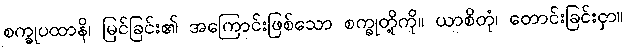
စက္ခုပထာနိ၊ မြင်ခြင်း၏ အကြောင်းဖြစ်သော စက္ခုတို့ကို။ ယာစိတုံ၊ တောင်းခြင်းငှာ။